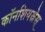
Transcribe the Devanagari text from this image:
काॅनशियस्नेस्